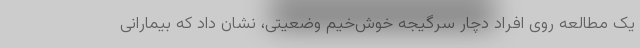
یک مطالعه روی افراد دچار سرگیجه خوش‌خیم وضعیتی، نشان داد که بیمارانی